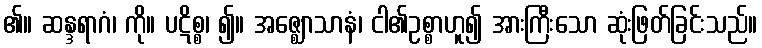
၏။ ဆန္ဒရာဂံ၊ ကို။ ပဋိစ္စ၊ ၍။ အဇ္ဈောသာနံ၊ ငါ၏ဥစ္စာဟူ၍ အားကြီးသော ဆုံးဖြတ်ခြင်းသည်။